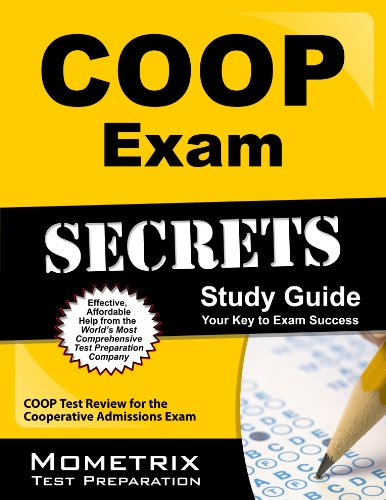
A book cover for COOP Exam Secrets Study Guide: COOP Test Review for the Cooperative Admissions Exam (Mometrix Secrets Study Guides); COOP Exam Secrets Test Prep Team; Test Preparation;